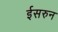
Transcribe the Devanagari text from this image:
ईसरुन